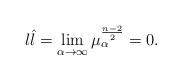
LaTeX: \begin{align*}l\hat{l}=\lim_{\alpha\to\infty}\mu_\alpha^{\frac{n-2}{2}}=0.\end{align*}